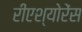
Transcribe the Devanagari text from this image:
रीएश्योरेंस